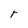
Character: r